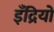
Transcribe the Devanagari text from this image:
इँद्रियों